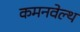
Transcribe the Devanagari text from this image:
कमनवेल्थ